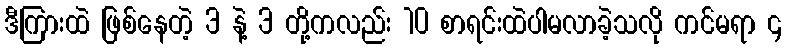
ဒီကြားထဲ ဖြစ်နေတဲ့ 3 နဲ့ 3 တို့ကလည်း 10 စာရင်းထဲပါမလာခဲ့သလို ကင်မရာ ၄